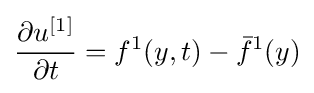
{\frac {\partial u^{[1]}}{\partial t}}=f^{1}(y,t)-{\bar {f}}^{1}(y)